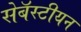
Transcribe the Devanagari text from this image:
सेबॅस्टीयन